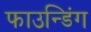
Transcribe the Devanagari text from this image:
फाउन्डिंग